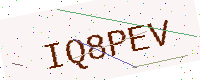
Text: IQ8PEV